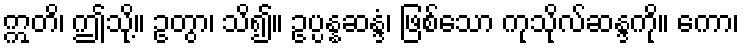
ဣတိ၊ ဤသို့။ ဥတွာ၊ သိ၍။ ဥပ္ပန္နဆန္ဒံ၊ ဖြစ်သော ကုသိုလ်ဆန္ဒကို။ ကော၊